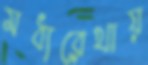
মধ্যরেখায়